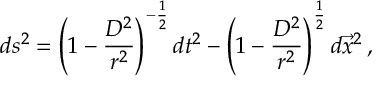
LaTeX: d s ^ { 2 } = \left( 1 - \frac { D ^ { 2 } } { r ^ { 2 } } \right) ^ { - \frac { 1 } { 2 } } d t ^ { 2 } - \left( 1 - \frac { D ^ { 2 } } { r ^ { 2 } } \right) ^ { \frac { 1 } { 2 } } d \vec { x } ^ { 2 } \, ,